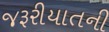
જરૂરીયાતની